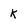
Character: k